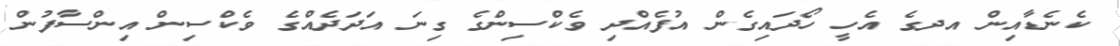
ކެނެޑާއިން އދގެ އެހީ ހޯދައިގެން އުފެއްދި ވެކްސިންގެ ގިނަ އަދަދެއްގެ ވެކްސިން އިންސާފުން